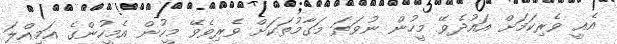
އެއީ ވެރިކަމަށް އައުދެވޭ މީހުން ނުވަތަ މަގާމުތަކަށް ވެރިވެވޭ މީހުން އެމީހުންގެ އަމިއްލަ